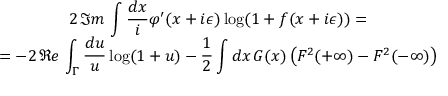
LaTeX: \begin{array} { c } { { 2 \, \Im m \, \displaystyle \int \displaystyle \frac { d x } { i } \varphi ^ { \prime } ( x + i \epsilon ) \log ( 1 + f ( x + i \epsilon ) ) = } } \\ { { = - 2 \, \Re e \, \displaystyle \int _ { \Gamma } \displaystyle \frac { d u } { u } \log ( 1 + u ) - \displaystyle \frac { 1 } { 2 } \displaystyle \int d x \, G ( x ) \left( F ^ { 2 } ( + \infty ) - F ^ { 2 } ( - \infty ) \right) } } \end{array}